Scientific memoirs by medical officers of the Army of India - Part VI,
Year: 1891
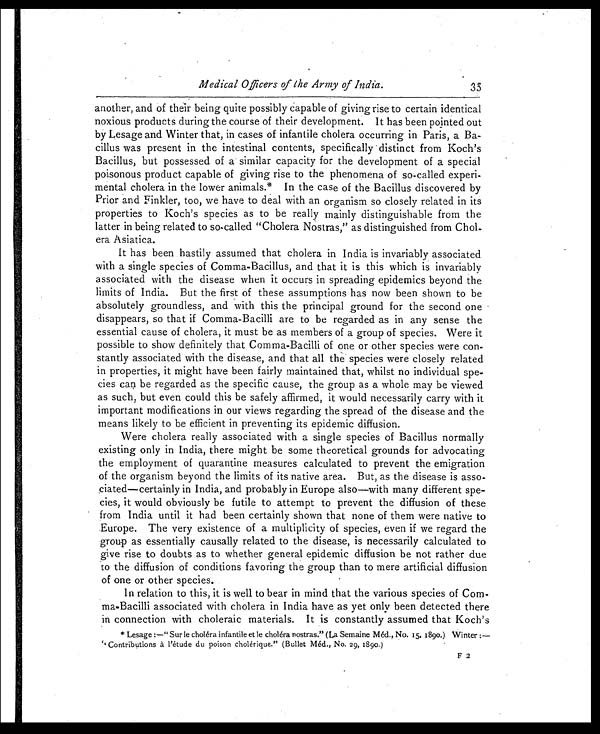
Medical Officers of the Army of India.
another, and of their being quite possibly capable of giving rise to certain identical
noxious products during the course of their development. It has been pointed out
by Lesage and Winter that, in cases of infantile cholera occurring in Paris, a Ba-
cillus was present in the intestinal contents, specifically distinct from Koch's
Bacillus, but possessed of a similar capacity for the development of a special
poisonous product capable of giving rise to the phenomena of so-called experi-
mental cholera in the lower animals.* In the case of the Bacillus discovered by
Prior and Finkler, too, we have to deal with an organism so closely related in its
properties to Koch's species as to be really mainly distinguishable from the
latter in being related to so-called "Cholera Nostras," as distinguished from Chol-
era Asiatica.
It has been hastily assumed that cholera in India is invariably associated
with a single species of Comma-Bacillus, and that it is this which is invariably
associated with the disease when it occurs in spreading epidemics beyond the
limits of India. But the first of these assumptions has now been shown to be
absolutely groundless, and with this the principal ground for the second one
disappears, so that if Comma-Bacilli are to be regarded as in any sense the
essential cause of cholera, it must be as members of a group of species. Were it
possible to show definitely that Comma-Bacilli of one or other species were con
-stantly associated with the disease, and that all the species were closely related
in properties, it might have been fairly maintained that, whilst no individual spe
- c i e s c a n b e r e g a r d e d a s t h e s p e c i f i c c a u s e , t h e g r o u p a s a w h o l e m a y b e v i e w e d
as such, but even could this be safely affirmed, it would necessarily carry with it
important modifications in our views regarding the spread of the disease and the
means likely to be efficient in preventing its epidemic diffusion.
Were cholera really associated with a single species of Bacillus normally
existing only in India, there might be some theoretical grounds for advocating
the employment of quarantine measures calculated to prevent the emigration
of the organism beyond the limits of its native area. But, as the disease is asso-
ciated—certainly in India, and probably in Europe also—with many different spe-
- cies, it would obviously be futile to attempt to prevent the diffusion of these
from India until it had been certainly shown that none of them were native to
Europe. The very existence of a multiplicity of species, even if we regard the
group as essentially causally related to the disease, is necessarily calculated to
give rise to doubts as to whether general epidemic diffusion be not rather due
to the diffusion of conditions favoring the group than to mere artificial diffusion
of one or other species.
In relation to this, it is well to bear in mind that the various species of Com
- m a - B a c i l l i a s s o c i a t e d w i t h c h o l e r a i n I n d i a h a v e a s y e t o n l y b e e n d e t e c t e d t h e r e
in connection with choleraic materials. It is constantly assumed that Koch's
* Lesage :—"Sur le cholera infantile et le cholera nostras." (La Semaine Med., No. 15. 189o.) Winter:-
"Contributions a l'etude du poison cholerique." (Bullet Med., No. 29, 1890.)
F 2
35